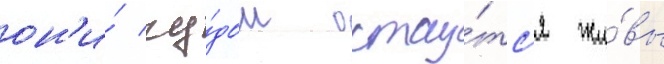
он'и́ чу́дом остау́тс'я жи́вы